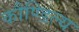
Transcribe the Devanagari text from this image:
कौण्डिल्य